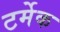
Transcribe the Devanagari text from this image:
टर्मेक